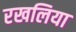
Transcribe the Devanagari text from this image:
रखलिया